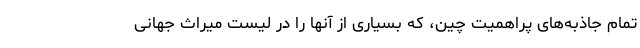
تمام جاذبه‌های پراهمیت چین، که بسیاری از آنها را در لیست میراث جهانی